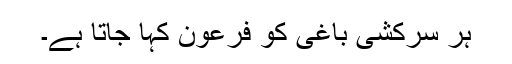
ہر سرکشی باغی کو فرعون کہا جاتا ہے۔